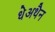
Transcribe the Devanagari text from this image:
धेअथैन